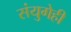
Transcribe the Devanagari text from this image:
संयुगेही